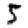
Digit: 5